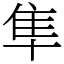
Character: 隼